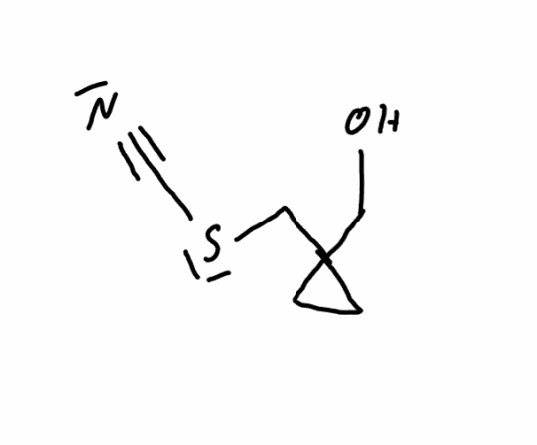
Simplified molecular-input line-entry system (SMILES) notation of the given molecule:
C1CC1(CO)CSC#N